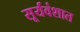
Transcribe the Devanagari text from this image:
सूर्यवंशात